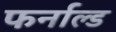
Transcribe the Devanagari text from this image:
फर्नाल्ड